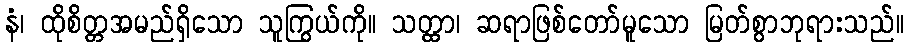
နံ၊ ထိုစိတ္တအမည်ရှိသော သူကြွယ်ကို။ သတ္ထာ၊ ဆရာဖြစ်တော်မူသော မြတ်စွာဘုရားသည်။